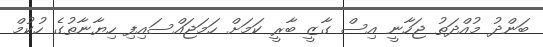
ބަންދު މުއްދަތު ޖަހާނީ އިސް ގާޒީ ބާރީ ކަމަށް ހަމަޖައްސައިފި ހިޔާނާތުގެ ހުކުމް